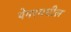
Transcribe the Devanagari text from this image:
पेपरमधील